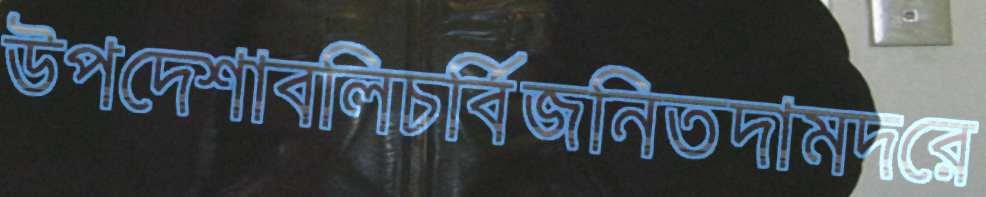
উপদেশাবলিচর্বিজনিতদামদরে